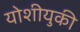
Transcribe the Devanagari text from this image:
योशीयुकी